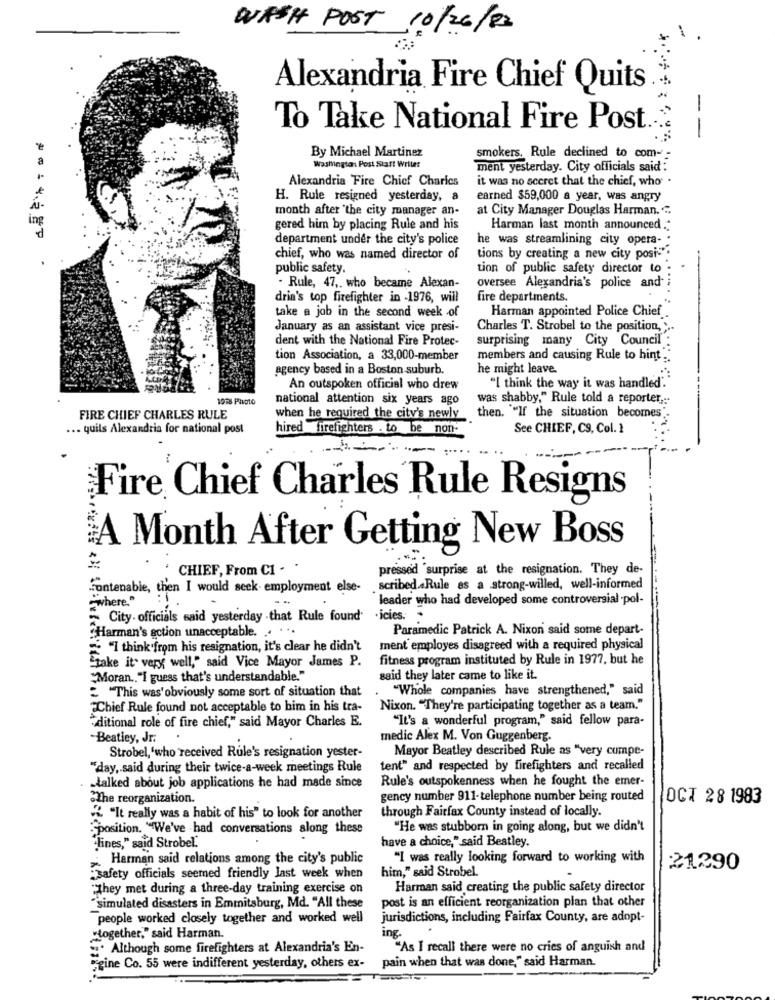
WASH POST 10/26/ 22
Alexandria Fire Chief Quits
To Take National Fire Post.
--
By Michael Martinez
smokers, Rule declined to com- :
Washington Post Start Weller
ment yesterday. City officials said :
Alexandria Fire Chief Charles
it was no secret that the chief, who .
H. Rule resigned yesterday, a
earned $59,000 a year, was angry
month after "the city manager an-
at City Manager Douglas Harman ...
ing
gered him by placing Rule and his
Harman last month announced .:
department under the city's police
he was streamlining city opera- :
chief, who was named director of
tions by creating a new city posi-"
public safety.
tion of public safety director to
- Rule, 47 ,. who became Alexan-
oversee Alexandria's police and
dria's top firefighter in -1976, will
fire departments.
take a job in the second week of
Harman appointed Police Chief
January as an assistant vice presi-
Charles T. Strobel to the position, > ..
dent with the National Fire Protec-
surprising many City Council
tion Association, a 33,000-member
members and causing Rule to hint:
agency based in a Boston suburb.
he might leave.
An outspoken official who drew
"I think the way it was handled"."
1918 Photo
national attention six years ago
was shabby." Rule told a reporter ..
FIRE CHIEF CHARLES RULE
when he required the city's newly
then. "If the situation becomes-
... quils Alexandria for national post
hired firefighters . to be non-
See CHIEF, C9, Col. 2
-
.....
Fire Chief Charles Rule Resigns
A Month After Getting New Boss
CHIEF, From CI -
pressed surprise at the resignation. They de-
Fontenable, then I would seek. employment else-
scribed .. Rule as a strong-willed, well-informed
where."
leader who had developed some controversial -pol-
~ City. officials said yesterday .that Rule found'
.icies.
. ..
Paramedic Patrick A. Nixon said some depart-
:Harman's action unacceptable ..
= "I think from his resignation, it's clear he didn't
ment employes disagreed with a required physical
fitness program instituted by Rule in 1977, but he
take it very well," said Vice Mayor James P.
"Moran .. "I guess that's understandable."
said they later came to like it.
= "This was'obviously some sort of situation that
"Whole companies have strengthened," said
Chief Rule found not acceptable to him in his tra-
Nixon. "They're participating together as a team."
aditional role of fire chief," said Mayor Charles E.
"It's a wonderful program," said fellow para-
Beatiey, Jr.
medic Alex M. Von Guggenberg.
Strobel,'who received Rule's resignation yester-
Mayor Beatley described Rule as "very cumpe-
"day ,. said during their twice-a-week meetings Rule
tent" and respected by firefighters and recalled
Rule's outspokenness when he fought the emer-
-talked about job applications he had made since
"The reorganization.
gency number 911-telephone number being routed
OCT 28 1983
"" "It really was a habit of his" to look for another
through Fairfax County instead of locally.
position. ""We've had conversations along these
"He was stubborn in going along, but we didn't
have a choice," said Bestley.
lines," said Strobel.
Harman said relations among the city's public
"I was really looking forward to working with
him," said Strobel.
21290
Safety officials seemed friendly last week when
"They met during a three-day training exercise on
Harman said creating the public safety director
"simulated disasters in Emmitsburg, Md. "All these
post is an efficient reorganization plan that other
people worked closely together and worked well
jurisdictions, including Fairfax County, are adopt-
ing.
"together," said Harman.
= Although some firefighters at Alexandria's En-
"As I recall there were no cries of anguish and
pain when that was done," said Harman.
"gine Co. 55 were indifferent yesterday, others ex-